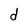
Character: d